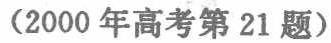
(2000年高考第21题)